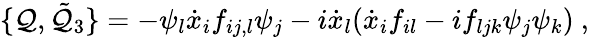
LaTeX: \{ \mathcal{Q},{\tilde{{\mathcal{Q}}}}_{3}\} =-\psi_{l}{\dot{{x}}}_{i}f_{ij,l}\psi_{j}-i{\dot{{x}}}_{l}({\dot{{x}}}_{i}f_{il}-if_{ljk}\psi_{j}\psi_{k})\ ,